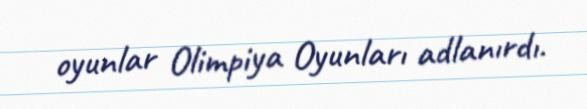
oyunlar Olimpiya Oyunları adlanırdı.